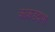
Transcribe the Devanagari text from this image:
काकडदाभा